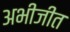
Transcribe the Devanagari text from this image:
अभीजीत